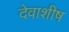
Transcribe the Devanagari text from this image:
देवाशीष